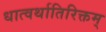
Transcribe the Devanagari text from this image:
धात्वर्थातिरिक्तम्